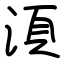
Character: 湏